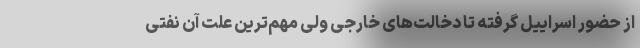
از حضور اسراییل گرفته تا دخالت‌های خارجی ولی مهم‌ترین علت آن نفتی